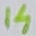
Text: 14